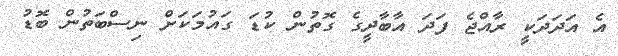
އެ އަދަދަކީ ރާއްޖެ ފަދަ އާބާދީގެ ގޮތުން ކުޑަ ގައުމަކަށް ނިސްބަތުން ބޮޑު